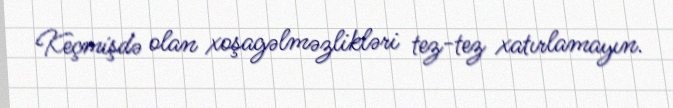
Keçmişdə olan xoşagəlməzlikləri tez-tez xatırlamayın.